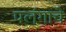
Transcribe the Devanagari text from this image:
पलंगाचे